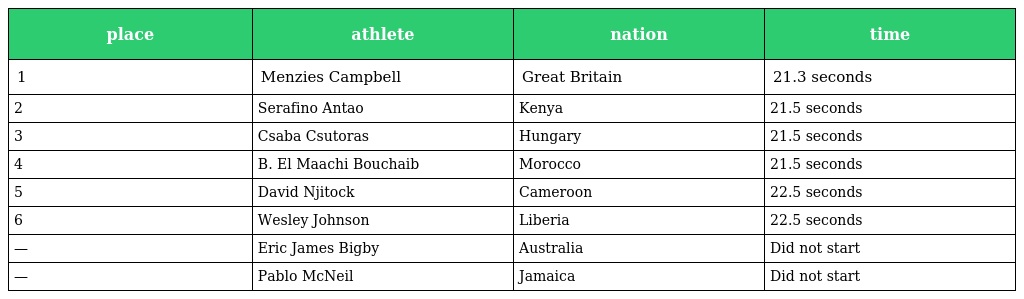
| place | athlete | nation | time |
 | --- | --- | --- | --- |
 | 1 | Menzies Campbell | Great Britain | 21.3 seconds |
 | 2 | Serafino Antao | Kenya | 21.5 seconds |
 | 3 | Csaba Csutoras | Hungary | 21.5 seconds |
 | 4 | B. El Maachi Bouchaib | Morocco | 21.5 seconds |
 | 5 | David Njitock | Cameroon | 22.5 seconds |
 | 6 | Wesley Johnson | Liberia | 22.5 seconds |
 | — | Eric James Bigby | Australia | Did not start |
 | — | Pablo McNeil | Jamaica | Did not start |